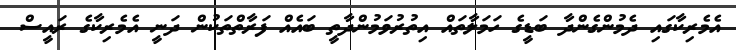
އެމެރިކާގައި ދެމުންގެންދާ ބަޑީގެ ހަމަލާތައް އިތުރުވަމުންދާތީ ބައެއް ފަރާތްތަކުން ދަނީ އެެމެރިކާގެ ރައީސް